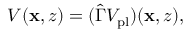
\begin{array} { r } { V ( \mathbf { x } , z ) = ( \hat { \Gamma } V _ { \mathrm { p l } } ) ( \mathbf { x } , z ) , } \end{array}